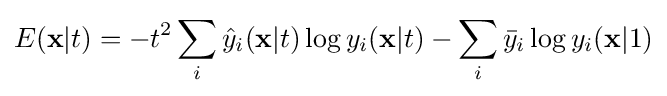
E(\mathbf {x} |t)=-t^{2}\sum _{i}{\hat {y}}_{i}(\mathbf {x} |t)\log y_{i}(\mathbf {x} |t)-\sum _{i}{\bar {y}}_{i}\log y_{i}(\mathbf {x} |1)